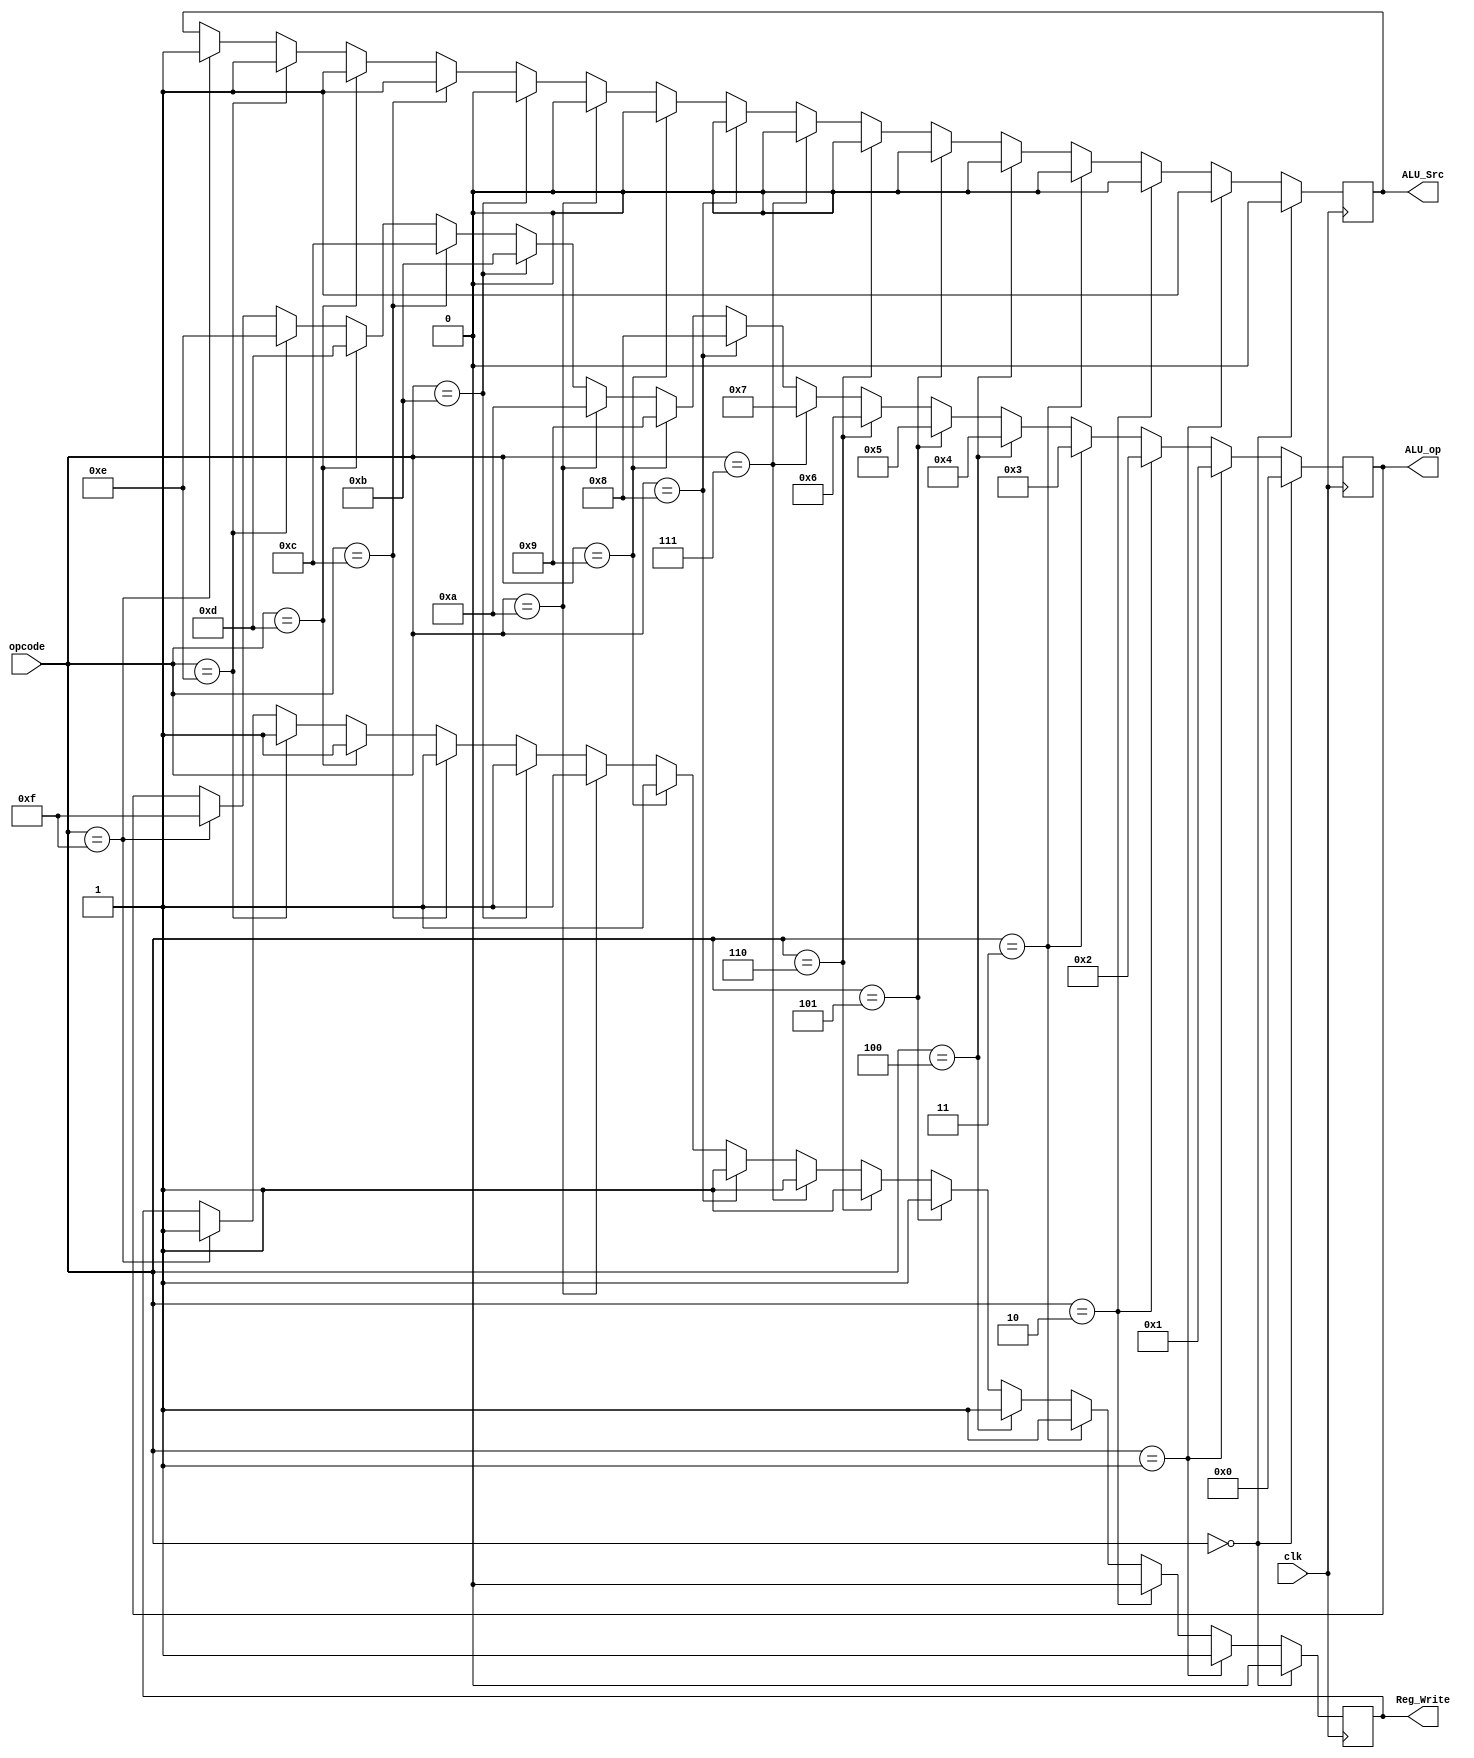
`timescale 1ns / 1ps

module Control(
	input clk,
	input [3:0] opcode,
	output reg ALU_Src, Reg_Write,
	output reg [3:0] ALU_op
);
parameter [3:0]    NOP =            4'b0000,        // opcode    
                    Write =         4'b0001,
                    Read =          4'b0010,
                    Copy =          4'b0011,
                    NOT =           4'b0100,
                    AND =           4'b0101,
                    OR =            4'b0110,
                    XOR =           4'b0111,
                    NAND =          4'b1000,
                    NOR =           4'b1001,
                    ADD =           4'b1010,
                    SUB =           4'b1011,
                    ADDI =          4'b1100,
                    SUBI =          4'b1101,
                    Left_Shift =    4'b1110,
                    Right_Shift =   4'b1111;


	always @(posedge clk)                           //opcode  ALU  ,    , register  enable   
	begin
		if(opcode==NOP)			                    //opcode :  NOP
		begin
            ALU_op <= NOP;                          //ALU  NOP , Rd2 ,  disable         
            ALU_Src <= 0;
            Reg_Write <= 0;
		end
		
		else if(opcode==Write)			            //opcode :  Write
		begin
            ALU_op <= Write;                        //ALU  Write , instruction 7~4bit ,  enable
            ALU_Src <= 1;
            Reg_Write <= 1;
		end
		
		else if(opcode==Read)                       //opcode :  Read              	           
		begin
            ALU_op <= Read;                         //ALU  Read , Rd2 ,  disable        
            ALU_Src <= 0;
            Reg_Write <= 0;
		end
		
        else if(opcode==Copy)                       //opcode :  Copy   			
		begin
            ALU_op <= Copy;                         //ALU  Copy , Rd2 ,  enable               
            ALU_Src <= 0;
            Reg_Write <= 1;
		end
		
		else if(opcode==NOT)                        //opcode :  NOT 
		begin
            ALU_op <= NOT;                          //ALU  NOT , Rd2 ,  enable        
            ALU_Src <= 0;
            Reg_Write <= 1;
		end
		
		else if(opcode==AND)                        //opcode :  AND 
		begin
            ALU_op <= AND;                          //ALU  AND , Rd2 ,  enable        
            ALU_Src <= 0;
            Reg_Write <= 1;
		end
		
		else if(opcode==OR)                         //opcode :  OR 
		begin
            ALU_op <= OR;                           //ALU  OR , Rd2 ,  enable        
            ALU_Src <= 0;
            Reg_Write <= 1;
		end
		
		else if(opcode==XOR)                        //opcode :  XOR 
		begin
            ALU_op <= XOR;                          //ALU  XOR , Rd2 ,  enable        
            ALU_Src <= 0;
            Reg_Write <= 1;
		end
		
		else if(opcode==NAND)                       //opcode :  NAND 
		begin
            ALU_op <= NAND;                         //ALU  NAND , Rd2 ,  enable        
            ALU_Src <= 0;
            Reg_Write <= 1;
		end
		
		else if(opcode==NOR)                        //opcode :  NOR 
		begin
            ALU_op <= NOR;                          //ALU  NOR , Rd2 ,  enable        
            ALU_Src <= 0;
            Reg_Write <= 1;
		end
		
		else if(opcode==ADD)                        //opcode :  ADD 
		begin
            ALU_op <= ADD;                          //ALU  ADD , Rd2 ,  enable        
            ALU_Src <= 0;
            Reg_Write <= 1;
		end
		
		else if(opcode==SUB)                        //opcode :  SUB 
		begin
            ALU_op <= SUB;                          //ALU  SUB , Rd2 ,  enable        
            ALU_Src <= 0;
            Reg_Write <= 1;
		end
		
		else if(opcode==ADDI)                       //opcode :  ADDI 
		begin
            ALU_op <= ADDI;                         //ALU  ADDI , instruction 7~4bit ,  enable        
            ALU_Src <= 1;
            Reg_Write <= 1;
		end
		
		else if(opcode==SUBI)                       //opcode :  SUBI 
		begin
            ALU_op <= SUBI;                         //ALU  SUBI , instruction 7~4bit ,  enable        
            ALU_Src <= 1;
            Reg_Write <= 1;
		end
		
		else if(opcode==Left_Shift)                 //opcode :  Left_Shift 
		begin
            ALU_op <= Left_Shift;                   //ALU  Left_Shift , instruction 7~4bit ,  enable        
            ALU_Src <= 1;
            Reg_Write <= 1;
		end
		
		else if(opcode==Right_Shift)                //opcode :  Right_Shift 
		begin
            ALU_op <= Right_Shift;                  //ALU  Right_Shift , instruction 7~4bit ,  enable        
            ALU_Src <= 1;
            Reg_Write <= 1;
		end

	end

endmodule